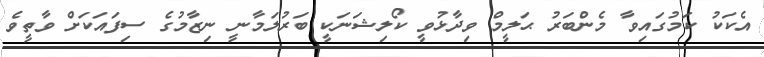
އެކަކު ކަމުގައިވާ މެންބަރު ޙަލީމް ވިދާޅުވީ ކޯލިޝަނަކީ ބަރުލަމާނީ ނިޒާމުގެ ސިފައަކަށް ވާތީވެ